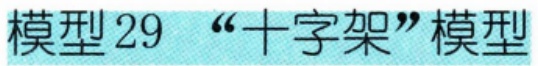
模型 29 “十字架”模型